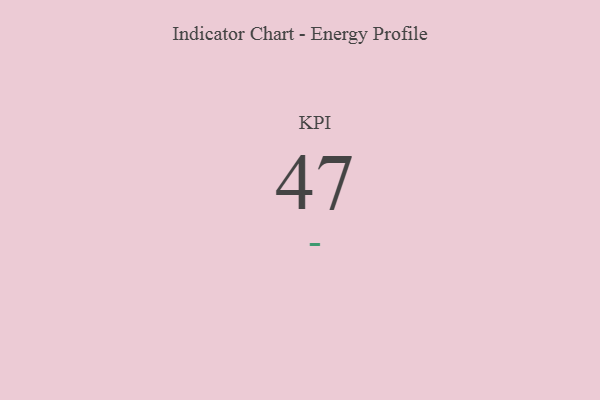
{"axis": {"x": "KPI", "y": "Value"}, "legend": [""], "data": [{"x": "KPI", "y": 47, "type": ""}]}